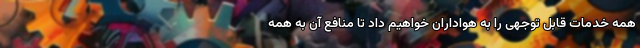
همه خدمات قابل توجهی را به هواداران خواهیم داد تا منافع آن به همه